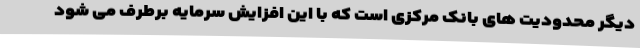
دیگر محدودیت های بانک مرکزی است که با این افزایش سرمایه برطرف می شود